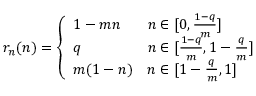
\begin{array} { r } { r _ { n } ( n ) = \left\{ \begin{array} { l l } { 1 - m n } & { n \in [ 0 , \frac { 1 - q } { m } ] } \\ { q } & { n \in [ \frac { 1 - q } { m } , 1 - \frac q m ] } \\ { m ( 1 - n ) } & { n \in [ 1 - \frac q m , 1 ] } \end{array} \right. } \end{array}